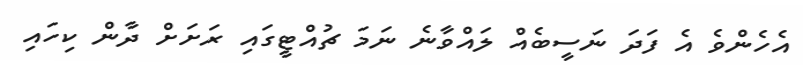
އެހެންވެ އެ ފަދަ ނަސީބެއް ލައްވާނެ ނަމަ ޗުއްޓީގައި ރަށަށް ދާން ކިހައި